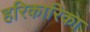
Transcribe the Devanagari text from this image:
हरिकारिका